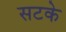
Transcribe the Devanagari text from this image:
सटके